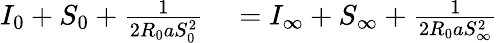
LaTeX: \begin{array}{rl}{I_{0}+S_{0}+\frac{1}{2R_{0}aS_{0}^{2}}}&{{}=I_{\infty}+S_{\infty}+\frac{1}{2R_{0}aS_{\infty}^{2}}}\end{array}